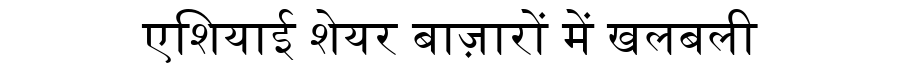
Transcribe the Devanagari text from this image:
एशियाई शेयर बाज़ारों में खलबली